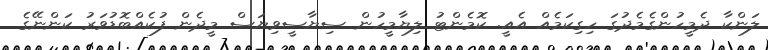
ލަންކާ ދެމީހުންގެމެދުގަ ހިގިކަމެއް އެއީ. ކޮމެންޓު ލިޔާމީހުން ސިޔާސީވިޔަސް މީދެން ފުކެއްބޮޑުވަރު ކަންނޭގެ